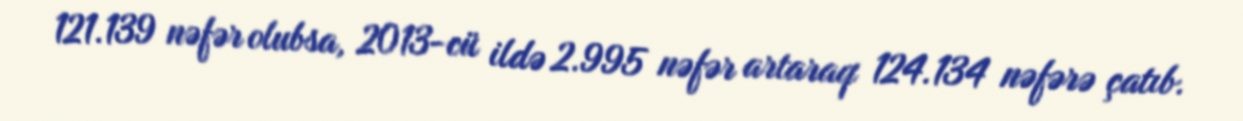
121.139 nəfər olubsa, 2013-cü ildə 2.995 nəfər artaraq 124.134 nəfərə çatıb.